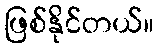
ဖြစ်နိုင်တယ်။